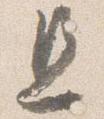
且